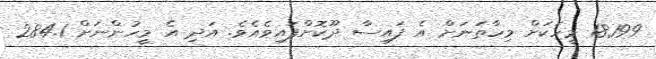
18